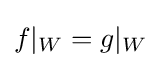
f|_{W}=g|_{W}